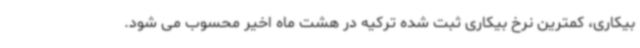
بیکاری، کمترین نرخ بیکاری ثبت شده ترکیه در هشت ماه اخیر محسوب می شود.